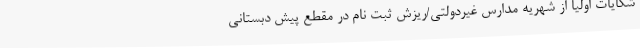
شکایات اولیا از شهریه مدارس غیردولتی/ریزش ثبت نام در مقطع پیش دبستانی